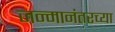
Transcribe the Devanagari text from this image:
जन्मानंतरच्या